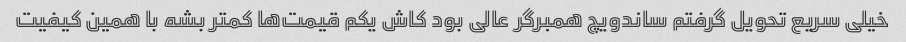
خیلی سریع تحویل گرفتم ساندویچ همبرگر عالی بود کاش یکم قیمت‌ها کمتر بشه با همین کیفیت